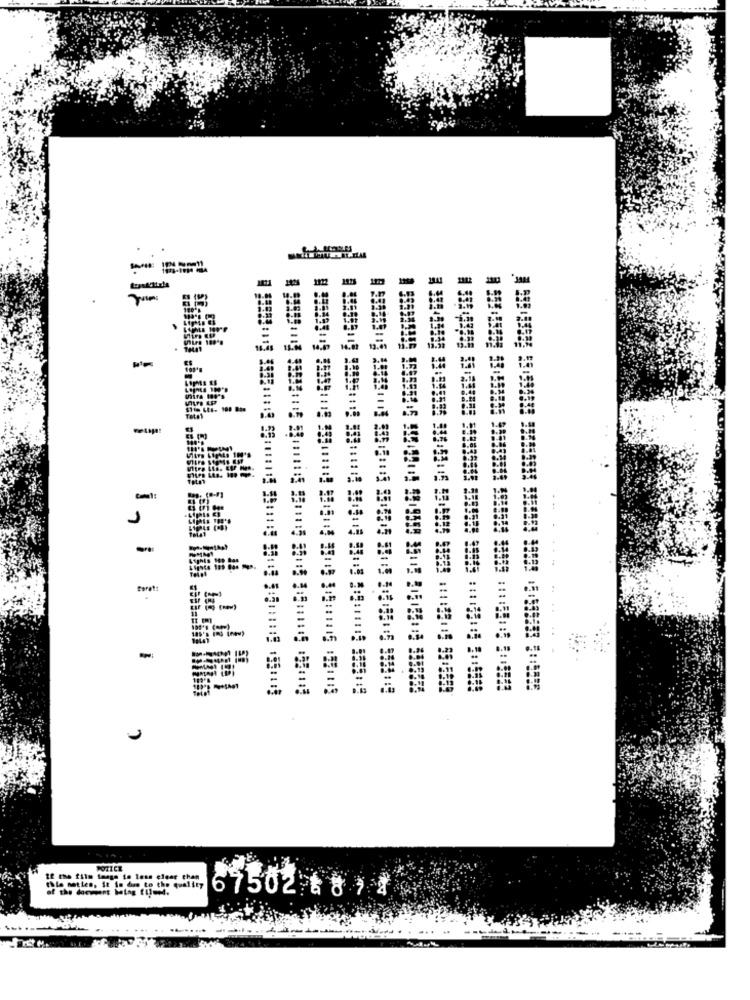
. 1
...
د
=
POZICE
thie netien, it is das
of the document being
67502 ** **